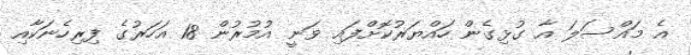
އެ މައްސަލަ އާ ގުޅިގެން ހައްޔަރުކޮށްފައި ވަނީ އުމުރުން 18 އަހަރުގެ ފިރިހެނަކާއި